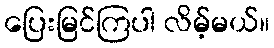
ပြေးမြင်ကြပါ လိမ့်မယ်။